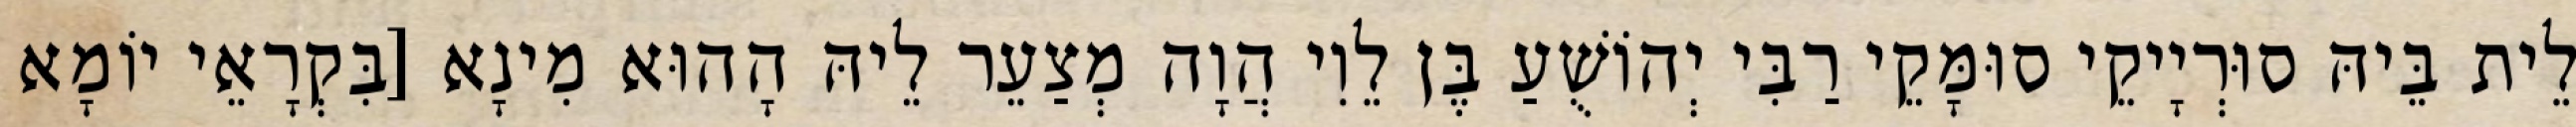
לֵית בֵּיהּ סוּרְיָיקֵי סוּמָּקֵי רַבִּי יְהוֹשֻׁעַ בֶּן לֵוִי הֲוָה מְצַעֵר לֵיהּ הָהוּא מִינָא [בִּקְרָאֵי יוֹמָא